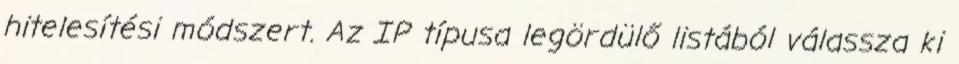
hitelesítési módszert. Az IP típusa legördülő listából válassza ki